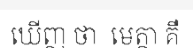
ឃើញ ថា  មេត្តា គឺ